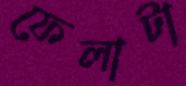
ফেলাটা